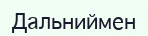
Дальниймен